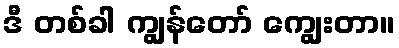
ဒီ တစ်ခါ ကျွန်တော် ကျွေးတာ။